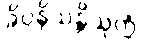
ခိပ္ပနိသန္တိသုတ္တံ